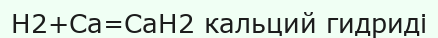
Н2+Са=СаН2 кальций гидриді